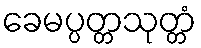
ခေမပ္ပတ္တသုတ္တံ